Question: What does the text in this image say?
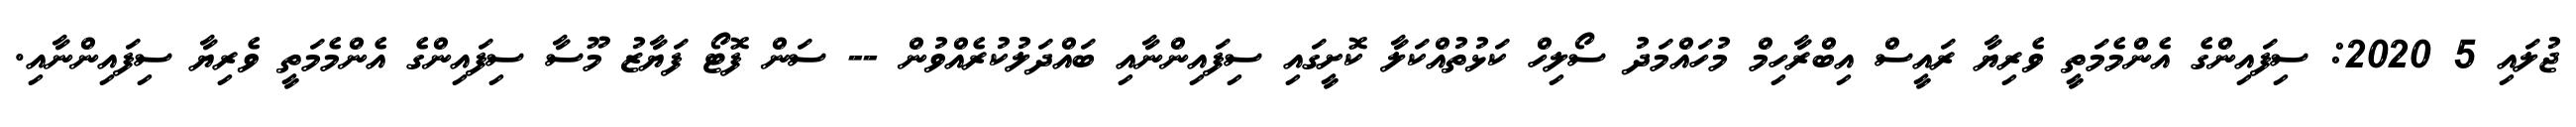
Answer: ޖުލައި 5 2020: ސިފައިންގެ އެންމެމަތީ ވެރިޔާ ރައީސް އިބްރާހިމް މުހައްމަދު ސޯލިހް ކަޅުތުއްކަލާ ކޮށީގައި ސިފައިންނާއި ބައްދަލުކުރެއްވުން -- ސަން ފޮޓޯ ފަޔާޒު މޫސާ ސިފައިންގެ އެންމެމަތީ ވެރިޔާ ސިފައިންނާއި.